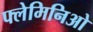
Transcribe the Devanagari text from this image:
फ्लेमिनिओ